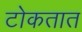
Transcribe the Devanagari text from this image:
टोकतात